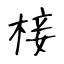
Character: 椄